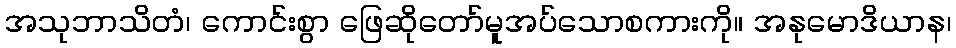
အသုဘာသိတံ၊ ကောင်းစွာ ဖြေဆိုတော်မူအပ်သောစကားကို။ အနုမောဒိယာန၊